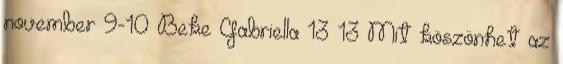
november 9-10 Beke Gabriella 13 13 Mit köszönhet az